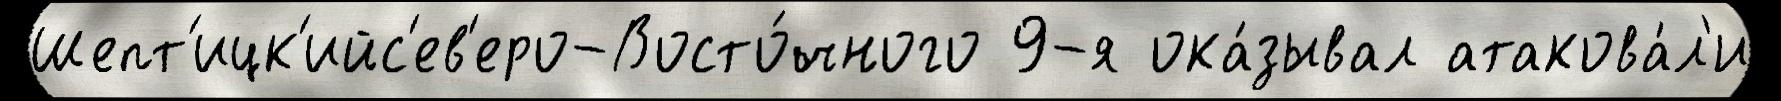
Шепт'ицк'ийс'ев'еро-Восто́чного 9-я ока́зывал атакова́л'и